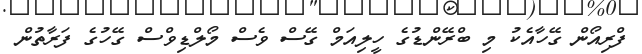
ފްރިއޯން ގޭހާއެކު މި ބްރޭންޑުގެ ހީލިއަމް ގޭސް ވެސް މޯލްޑިވްސް ގޭހުގެ ފަރާތުން